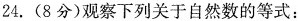
24.(8分)观察下列关于自然数的等式：